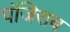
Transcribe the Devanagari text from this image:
पंजिराब